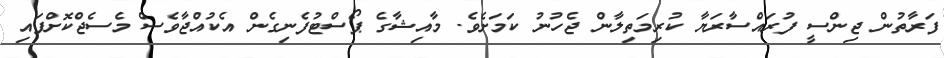
ފަރާތުން ޖިންސީ ފުރައްސާރަޔާ ކުރިމަތިލާން ޖެހުނު ކަމަށެވެ. މާއިޝާގެ ޕޯސްޓުފެނިގެން އެކުއްޖާވެސް މެސެޖްކޮށްފައި